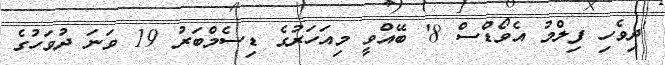
'ދިވެހި ފިލްމު އެވޯޑްސް 8' ބޭއްވީ މިއަހަރުގެ ޑިސެމްބަރު 19 ވަނަ ދުވަހުގެ